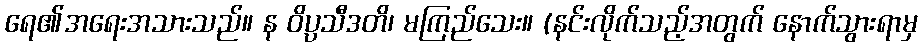
ရေ၏အရေးအသားသည်။ န ဝိပ္ပသီဒတိ၊ မကြည်သေး။ (နင်းလိုက်သည့်အတွက် နောက်သွားရာမှ